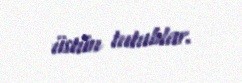
üstün tutublar.